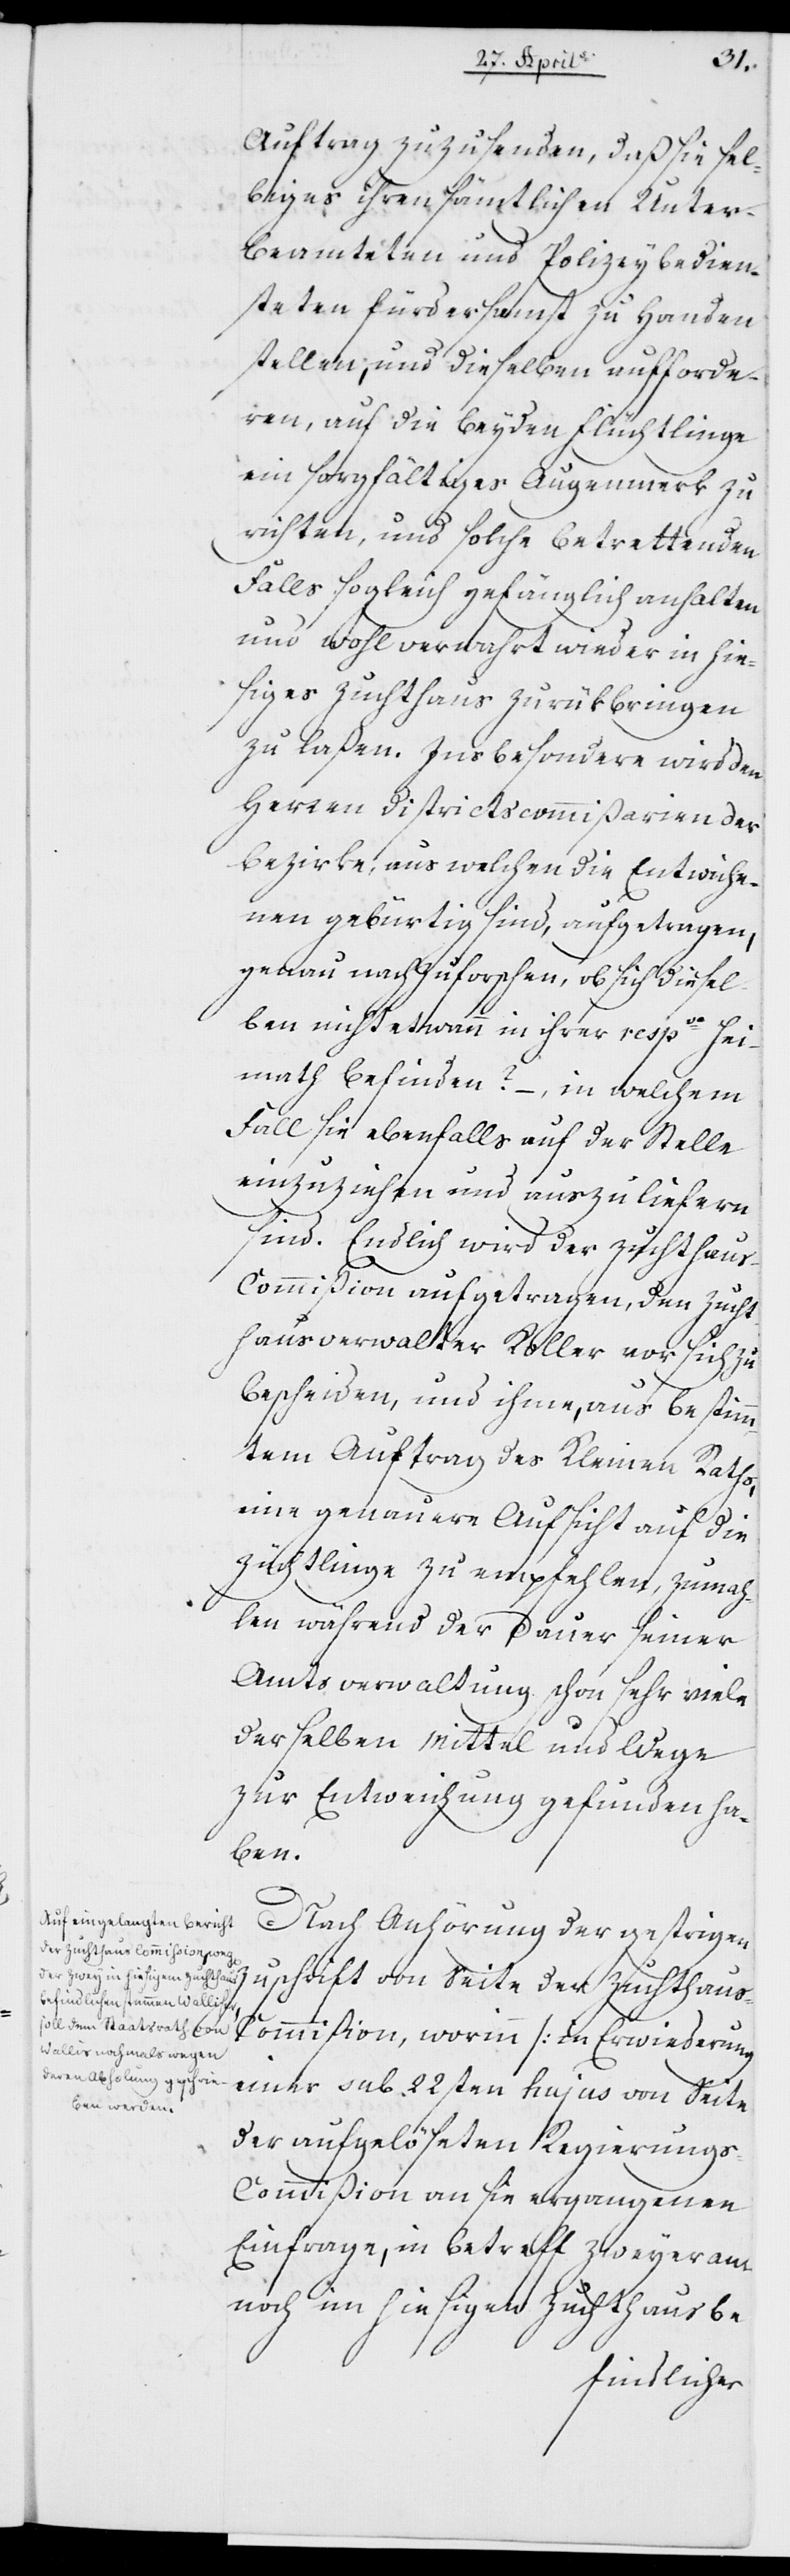
Auftrag zuzusenden, daß sie sel¬
biges ihren sämtlichen Unter¬
beamteten und Polizeybedien¬
steten fürdersamst zu Handen
stellen, und dieselben aufforde¬
ren, auf die beyden Flüchtlinge
ein sorgfältiges Augenmerk zu
richten, und solche betrettenden
Falls sogleich gefänglich anhalten
und wohlverwahrt wieder in hie¬
siges Zuchthaus zurükbringen
zu laßen. Insbesondere wird den
Herren Districtskommißarien der
Bezirke, aus welchen die Entwiche¬
nen gebürtig sind, aufgetragen,
genau nachzuforschen, ob sich diesel¬
ben nicht etwa in ihrer resp. Hei¬
mat befinden? – in welchem
Fall sie ebenfalls auf der Stelle
einzuziehen und auszuliefern
sind. Endlich wird der Zuchthau¬
s-Commißion aufgetragen, den Zucht¬
hausverwalter Koller vor sich zu
bescheiden, und ihme, aus bestimm¬
tem Auftrag des Kleinen Raths,
eine genauere Aufsicht auf die
Züchtlinge zu empfehlen, zumah¬
len während der Dauer seiner
Amtsverwaltung schon sehr viele
derselben Mittel und Wege
zur Entweichung gefunden ha¬
ben.
Nach Anhörung der gestrigen
Zuschrift von Seite der Zuchthau¬
s-Commißion, worinn (in Erwiederung
einer sub 22sten hujus von Seite
der aufgelöseten Regierungs-C¬
ommißion an sie ergangenen
Einfrage, in Betreff zweier an¬
noch im hiesigen Zuchthaus be-